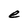
Character: e